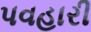
પવહારી